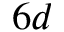
6 d